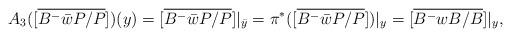
LaTeX: \begin{align*}A_3([\overline{B^-\bar{w}P/P}])(y)=[\overline{B^-\bar{w}P/P}]|_{\bar{y}}=\pi^*([\overline{B^-\bar{w}P/P}])|_y=[\overline{B^-wB/B}]|_y,\end{align*}